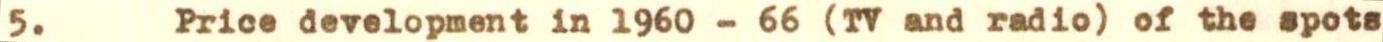
5. Price development in 1960 - 66 (TV and radio) of the spots